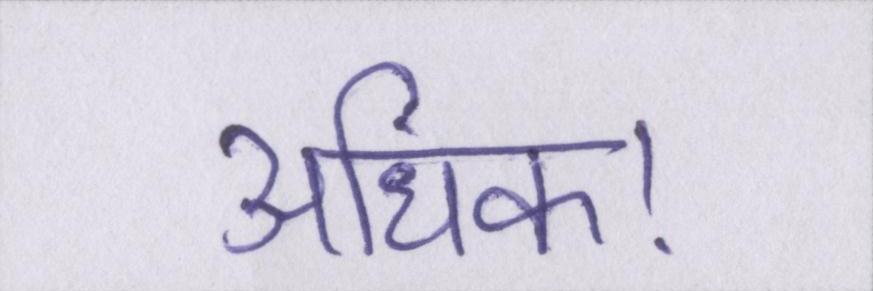
अधिक।